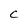
Character: c